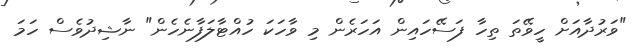
"ވަރުދާއަށް ހީވޭތަ ތިހާ ފަސޭހައިން އަހަރެން މި ވާހަކަ ހުއްޓާލަފާނެހެން" ނާޝިދުވެސް ހަމަ